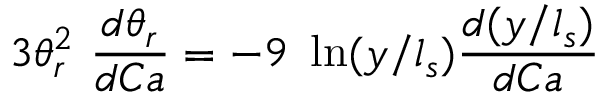
3 \theta _ { r } ^ { 2 } \ \frac { d \theta _ { r } } { d C a } = - 9 \ \ln ( y / l _ { s } ) \frac { d ( y / l _ { s } ) } { d C a }